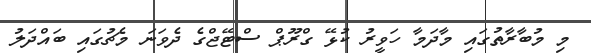
މި މުބާރާތުގައި މާދަމާ ހަވީރު ކުޅޭ ގްރޫޕް ސްޓޭޖްގެ ދެވަނަ މެޗުގައި ބައްދަލު